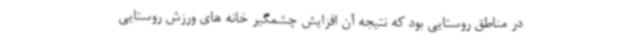
در مناطق روستایی بود که نتیجه آن افزایش چشمگیر خانه های ورزش روستایی